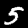
Digit: 5